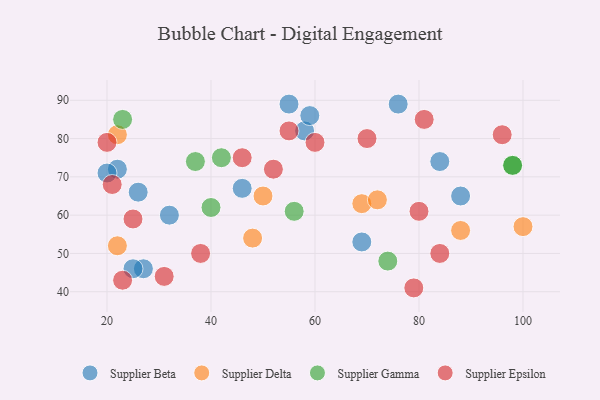
{"axis": {"x": "GDP", "y": "Life Expectancy"}, "legend": ["Supplier Beta", "Supplier Delta", "Supplier Epsilon", "Supplier Gamma"], "data": [{"x": "22", "y": 72, "type": "Supplier Beta"}, {"x": "76", "y": 89, "type": "Supplier Beta"}, {"x": "27", "y": 46, "type": "Supplier Beta"}, {"x": "25", "y": 46, "type": "Supplier Beta"}, {"x": "55", "y": 89, "type": "Supplier Beta"}, {"x": "20", "y": 71, "type": "Supplier Beta"}, {"x": "69", "y": 53, "type": "Supplier Beta"}, {"x": "58", "y": 82, "type": "Supplier Beta"}, {"x": "88", "y": 65, "type": "Supplier Beta"}, {"x": "59", "y": 86, "type": "Supplier Beta"}, {"x": "26", "y": 66, "type": "Supplier Beta"}, {"x": "46", "y": 67, "type": "Supplier Beta"}, {"x": "84", "y": 74, "type": "Supplier Beta"}, {"x": "32", "y": 60, "type": "Supplier Beta"}, {"x": "22", "y": 81, "type": "Supplier Delta"}, {"x": "100", "y": 57, "type": "Supplier Delta"}, {"x": "69", "y": 63, "type": "Supplier Delta"}, {"x": "22", "y": 52, "type": "Supplier Delta"}, {"x": "48", "y": 54, "type": "Supplier Delta"}, {"x": "88", "y": 56, "type": "Supplier Delta"}, {"x": "50", "y": 65, "type": "Supplier Delta"}, {"x": "72", "y": 64, "type": "Supplier Delta"}, {"x": "23", "y": 85, "type": "Supplier Gamma"}, {"x": "98", "y": 73, "type": "Supplier Gamma"}, {"x": "42", "y": 75, "type": "Supplier Gamma"}, {"x": "56", "y": 61, "type": "Supplier Gamma"}, {"x": "98", "y": 73, "type": "Supplier Gamma"}, {"x": "37", "y": 74, "type": "Supplier Gamma"}, {"x": "74", "y": 48, "type": "Supplier Gamma"}, {"x": "40", "y": 62, "type": "Supplier Gamma"}, {"x": "60", "y": 79, "type": "Supplier Epsilon"}, {"x": "38", "y": 50, "type": "Supplier Epsilon"}, {"x": "23", "y": 43, "type": "Supplier Epsilon"}, {"x": "70", "y": 80, "type": "Supplier Epsilon"}, {"x": "79", "y": 41, "type": "Supplier Epsilon"}, {"x": "81", "y": 85, "type": "Supplier Epsilon"}, {"x": "20", "y": 79, "type": "Supplier Epsilon"}, {"x": "46", "y": 75, "type": "Supplier Epsilon"}, {"x": "96", "y": 81, "type": "Supplier Epsilon"}, {"x": "52", "y": 72, "type": "Supplier Epsilon"}, {"x": "21", "y": 68, "type": "Supplier Epsilon"}, {"x": "80", "y": 61, "type": "Supplier Epsilon"}, {"x": "84", "y": 50, "type": "Supplier Epsilon"}, {"x": "25", "y": 59, "type": "Supplier Epsilon"}, {"x": "55", "y": 82, "type": "Supplier Epsilon"}, {"x": "31", "y": 44, "type": "Supplier Epsilon"}]}